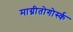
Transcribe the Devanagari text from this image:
माग्नीतोगोर्स्क